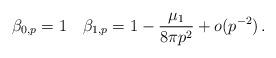
LaTeX: \begin{align*}\beta_{0,p}=1\quad\beta_{1,p}=1-\frac{\mu_1}{8\pi p^2}+o(p^{-2})\,.\end{align*}